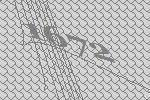
1672